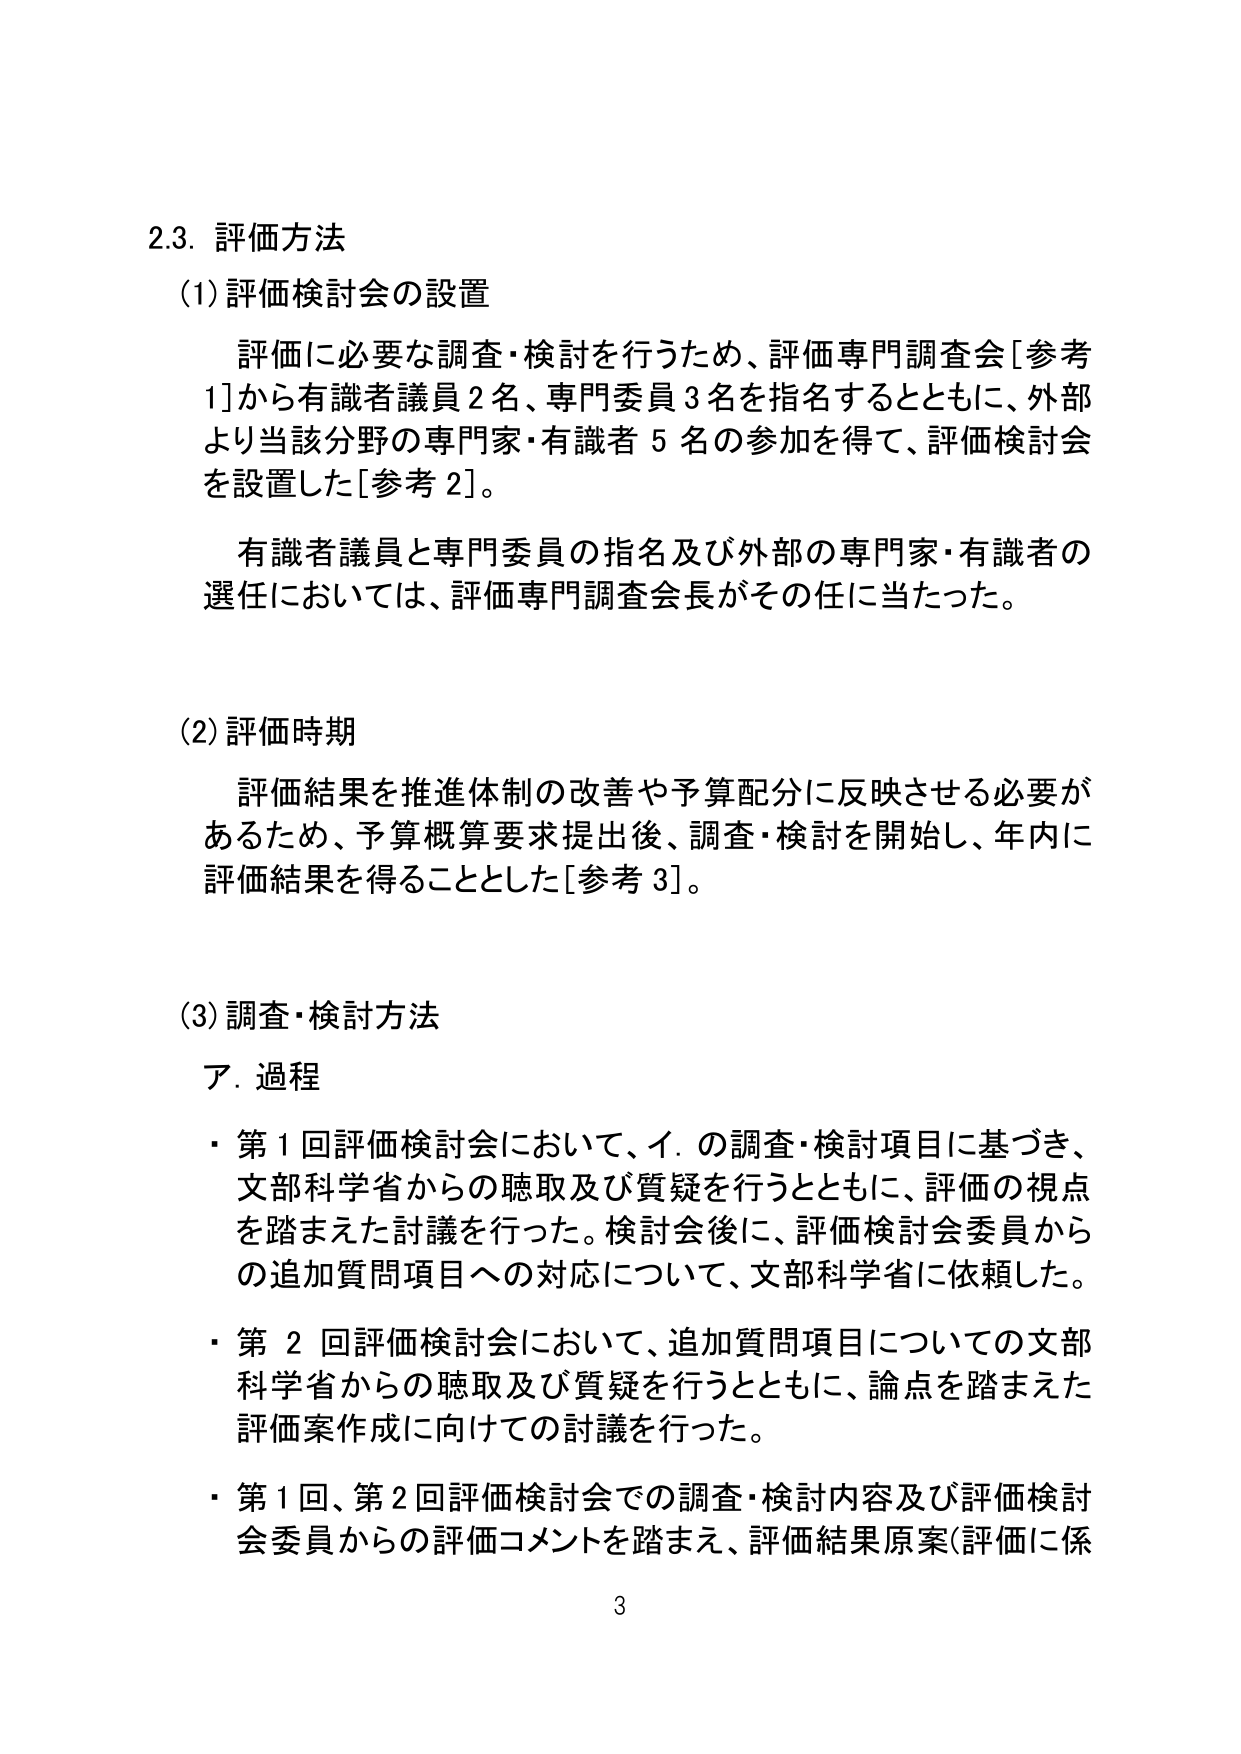
2.3. 評価方法
(1) 評価検討会の設置
　評価に必要な調査・検討を行うため、評価専門調査会[参考1]から有識者議員2名、専門委員3名を指名するとともに、外部より当該分野の専門家・有識者5名の参加を得て、評価検討会を設置した[参考2]。
　有識者議員と専門委員の指名及び外部の専門家・有識者の選任においては、評価専門調査会長がその任に当たった。

(2) 評価時期
　評価結果を推進体制の改善や予算配分に反映させる必要があるため、予算概算要求提出後、調査・検討を開始し、年内に評価結果を得ることとした[参考3]。

(3) 調査・検討方法
　ア. 過程
　・第1回評価検討会において、イ. の調査・検討項目に基づき、文部科学省からの聴取及び質疑を行うとともに、評価の視点を踏まえた討議を行った。検討会後に、評価検討会委員からの追加質問項目への対応について、文部科学省に依頼した。
　・第2回評価検討会において、追加質問項目についての文部科学省からの聴取及び質疑を行うとともに、論点を踏まえた評価案作成に向けての討議を行った。
　・第1回、第2回評価検討会での調査・検討内容及び評価検討会委員からの評価コメントを踏まえ、評価結果原案（評価に係

3